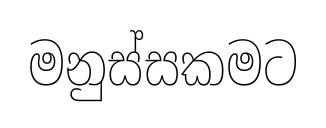
මනුස්සකමට